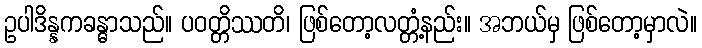
ဥပါဒိန္နကခန္ဓာသည်။ ပဝတ္တိဿတိ၊ ဖြစ်တော့လတ္တံ့နည်း။ အဘယ်မှ ဖြစ်တော့မှာလဲ။